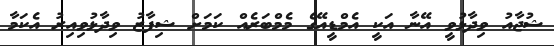
ޝުޖާއު ވިދާޅުވީ އޭނާ އަކީ އެމްޑީއޭގެ މެމްބަރެއް ކަމަށް ޝިފާޒު ވިދާޅުވިއިރު އެކަމާ